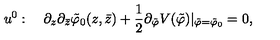
u ^ { 0 } : \quad \partial _ { z } \partial _ { \bar { z } } \tilde { \varphi } _ { 0 } ( z , \bar { z } ) + \frac { 1 } { 2 } \partial _ { \tilde { \varphi } } V ( \tilde { \varphi } ) | _ { \tilde { \varphi } = \tilde { \varphi } _ { 0 } } = 0 ,